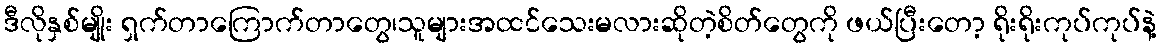
ဒီလိုနှစ်မျိုး ရှက်တာကြောက်တာတွေ၊သူများအထင်သေးမလားဆိုတဲ့စိတ်တွေကို ဖယ်ပြီးတော့ ရိုးရိုးကုပ်ကုပ်နဲ့